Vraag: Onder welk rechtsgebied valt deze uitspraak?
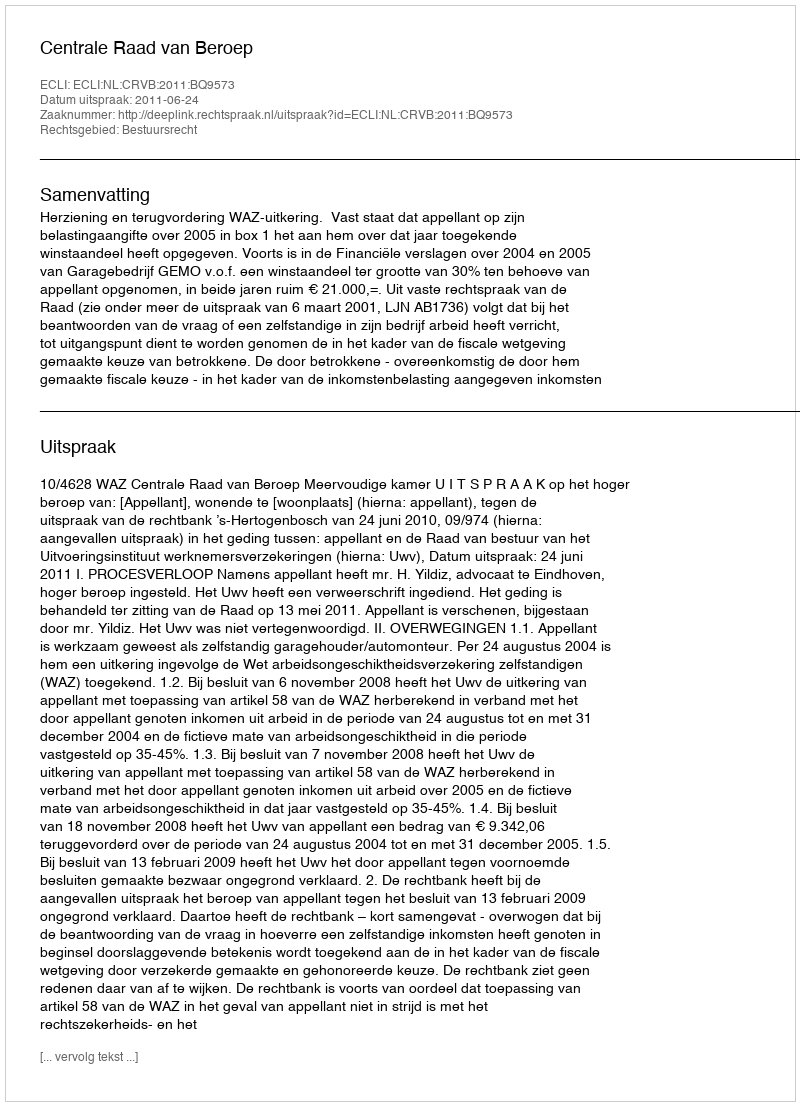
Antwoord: Bestuursrecht